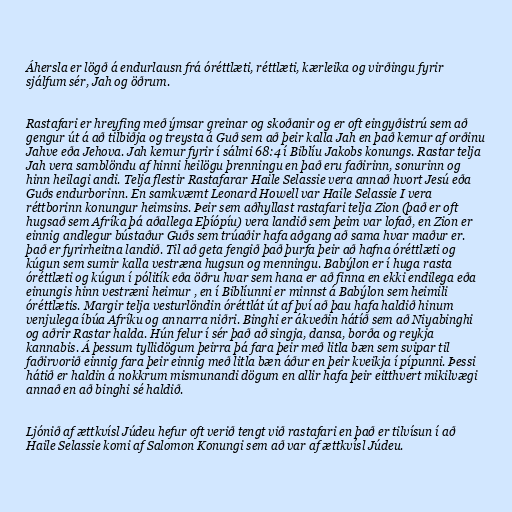
Áhersla er lögð á endurlausn frá óréttlæti, réttlæti, kærleika og virðingu fyrir
sjálfum sér, Jah og öðrum.

Rastafari er hreyfing með ýmsar greinar og skoðanir og er oft eingyðistrú sem að
gengur út á að tilbiðja og treysta á Guð sem að þeir kalla Jah en það kemur af orðinu
Jahve eða Jehova. Jah kemur fyrir í sálmi 68:4 í Biblíu Jakobs konungs. Rastar telja
Jah vera samblöndu af hinni heilögu þrenningu en það eru faðirinn, sonurinn og
hinn heilagi andi. Telja flestir Rastafarar Haile Selassie vera annað hvort Jesú eða
Guðs endurborinn. En samkvæmt Leonard Howell var Haile Selassie I vera
réttborinn konungur heimsins. Þeir sem aðhyllast rastafari telja Zion (það er oft
hugsað sem Afríka þá aðallega Eþíópíu) vera landið sem þeim var lofað, en Zion er
einnig andlegur bústaður Guðs sem trúaðir hafa aðgang að sama hvar maður er.
það er fyrirheitna landið. Til að geta fengið það þurfa þeir að hafna óréttlæti og
kúgun sem sumir kalla vestræna hugsun og menningu. Babýlon er í huga rasta
óréttlæti og kúgun í pólitík eða öðru hvar sem hana er að finna en ekki endilega eða
einungis hinn vestræni heimur , en í Biblíunni er minnst á Babýlon sem heimili
óréttlætis. Margir telja vesturlöndin óréttlát út af því að þau hafa haldið hinum
venjulega íbúa Afríku og annarra niðri. Binghi er ákveðin hátíð sem að Niyabinghi
og aðrir Rastar halda. Hún felur í sér það að singja, dansa, borða og reykja
kannabis. Á þessum tyllidögum þeirra þá fara þeir með litla bæn sem svipar til
faðirvorið einnig fara þeir einnig með litla bæn áður en þeir kveikja í pípunni. Þessi
hátið er haldin á nokkrum mismunandi dögum en allir hafa þeir eitthvert mikilvægi
annað en að binghi sé haldið.

Ljónið af ættkvísl Júdeu hefur oft verið tengt við rastafari en það er tilvísun í að
Haile Selassie komi af Salomon Konungi sem að var af ættkvísl Júdeu.